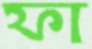
ফা